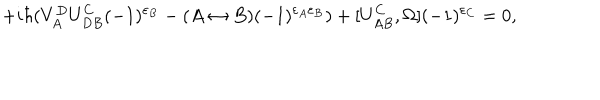
LaTeX: + i \hbar ( V _ { A } ^ { D } U _ { D B } ^ { C } ( - 1 ) ^ { \varepsilon _ { B } } - ( A \leftrightarrow B ) ( - 1 ) ^ { \varepsilon _ { A } \varepsilon _ { B } } ) + [ U _ { A B } ^ { C } , \Omega ] ( - 1 ) ^ { \varepsilon _ { C } } = 0 ,